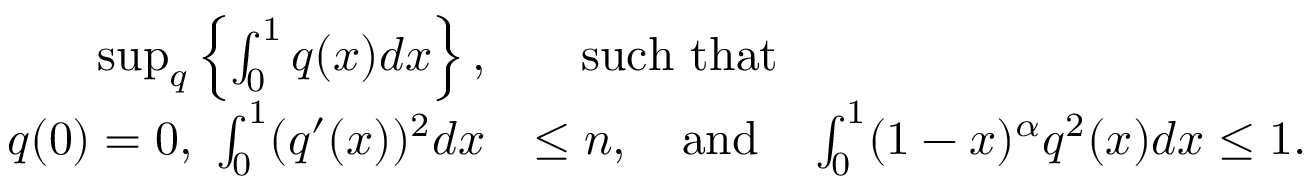
\begin{array} { r l } { \operatorname* { s u p } _ { q } \left\{ \int _ { 0 } ^ { 1 } q ( x ) d x \right\} , } & { \quad \mathrm { s u c h ~ t h a t } } \\ { q ( 0 ) = 0 , ~ \int _ { 0 } ^ { 1 } ( q ^ { \prime } ( x ) ) ^ { 2 } d x } & { \leq \ensuremath { n } , \quad \mathrm { a n d } \quad \int _ { 0 } ^ { 1 } ( 1 - x ) ^ { \alpha } q ^ { 2 } ( x ) d x \leq 1 . } \end{array}